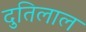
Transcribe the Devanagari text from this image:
दुतिलाल